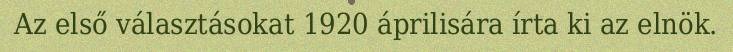
Az első választásokat 1920 áprilisára írta ki az elnök.